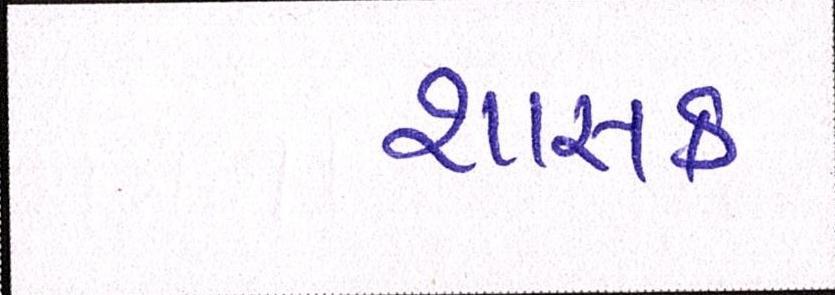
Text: શાસક